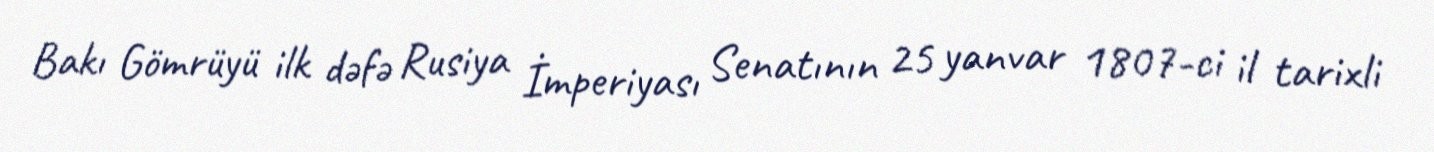
Bakı Gömrüyü ilk dəfə Rusiya İmperiyası Senatının 25 yanvar 1807-ci il tarixli